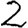
Digit: 2